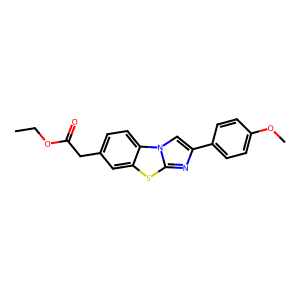
SMILES: CCOC(=O)Cc1ccc2c(c1)sc1nc(-c3ccc(OC)cc3)cn12
Inhibits HIV replication: No